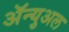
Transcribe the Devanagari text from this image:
ॲन्युअल